Report on vaccination in Madras 1922-1929 - 1922-1929
Year: 1922
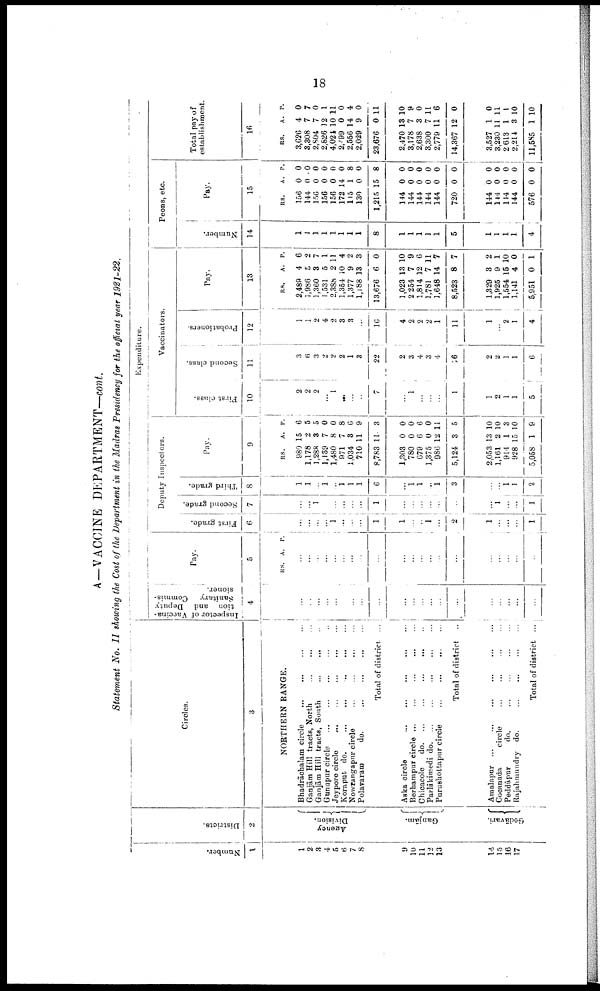
18
A—VACCINE DEPARTMENT—cont.
Statement No. II showing the Cost of the Department in the Madras Presidency for the official year 1921-22.
Number.
1
1
2
3
4
5
6
7
8
9
10
11
12
13
14
15
16
17
Districts.
2
Agency
Division.
Ganjām.
Gōdāvari.
Circles.
3
NORTHERN RANGE.
Bhadrāchalam
circle...
...
...
Ganjām Hill tracts,
North...
...
...
Ganjām Hill tracts,
South... ... ...
Gunupur
circle...
...
...
Jeypore circle...
...
...
...
...
...
Koraput do.
...
...
...
...
Nowrangapur circle
...
...
...
Polavaram
do.
...
...
...
...
Total of district ...
Aska circle... ... ...
...
...
Berhampur circle... ... ... ... ... ...
Chioacole
do... ... ... ... ... ...
Parlākimedi do... ... .... ... ...
Parushottapur circle...
...
...
...
...
Total of district ..
Amalapur... ... ... ... ... ...
Cocanada circle... ... ... ...
Peddāpur
do.
...
...
...
Rajahmundry do. ... ... ... ...
Total of district ...
Expenditure.
Inspector of Vaccina
tion and Deputy
Sanitary Commis
sioner.
4
...
...
...
...
...
...
...
...
...
...
...
...
...
...
...
...
...
...
...
...
Pay.
5
RS. A. P.
...
...
...
...
...
...
...
...
...
...
...
...
...
...
...
...
...
...
...
...
Deputy Inspectors.
First grade.
6
...
...
...
...
1
...
...
...
1
1
...
..
1
...
2
1
...
...
...
1
Second grade.
7
...
...
1
...
...
...
...
...
1
...
...
...
...
...
...
...
1
...
...
1
Third grade.
8
1
1
...
1
...
1
1
1
6
...
1 1
..
1
3
...
...
1
1
2
Pay.
9
RS.
980
1,178
1,288
1,139
1,480
971
1,034
710
8,783
1,303
780
679
1,375
986
5,124
2,053
1,161
914
928
5,058
A.
15
2
3
7
8
7
3
11
11
0
0
6
0
12
3
13
2
1
l5
1
P.
6
5
5
0
0
8
6
9
3
0
0
6
0
11
5
10
10
3
10
9
Vaccinators.
First class.
10
2
2
2
...
1
...
...
...
7
...
1
...
...
...
1
1
2
1
1
5
Second class.
11
3
6
3
2
2
2
1
3
22
2
3
4
3
4
16
2
2
1
1
6
Probationers.
12
1
1
2
4
2
3
3
...
16
4
2
2
2
1
11
1
...
2
1
4
Pay.
13
RS.
2,489
1,986
1,360
1,531
2,388
1,354
1,377
1,188
13,676
1,023
2,254
1,814
1,781
1,648
8,523
1,329
1,925
1,554
1,141
5,951
A.
4
5
3
5
2
10
9
13
6
13
7
12
7
14
8
3
9
15
4
0
P.
6
9
7
1
11
4
2
3
0
10
9
6
11
7
7
2
1
10
0
1
Peons, etc.
Number.
14
1
1
1
1
1
1
1
1
8
1
1
1
1
1
5
1
1
1
1
4
Pay.
15
RS.
156
144
156
156
156
172
115
130
1,215
144
144
144
144
144
720
144
144
114
144
576
A.
0
0
0
0
0
14
1
0
15
0
0
0
0
0
0
0
0
0
0
0
P.
0
0
0
0
0
0
8
0
8
0
0
0
0
0
0
0
0
0
0
0
Total pay of
establishment.
16
RS.
3,626
3,308
2,804
2,826
4,021
2,099
2,556
2,029
23,676
2,470
3,178
2,638
3,300
2,779
14,367
3,527
3,230
2 613
2,214
11,585
A.
4
7
7
12
10
0
14
9
0
13
7
3
7
11
12
1
11
1
3
1
P.
0
7
0
1
11
0
4
0
11
10
9
0
11
6
0
0
11
1
10
10